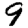
Digit: 9